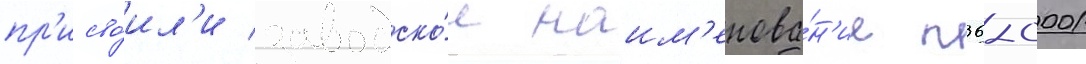
пр'исво́ил'и заводско́е наим'енова́н'ие п36-0001